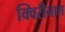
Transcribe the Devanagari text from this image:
क्विरीनाल